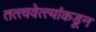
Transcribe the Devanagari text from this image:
तत्त्ववेत्त्यांकडून